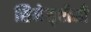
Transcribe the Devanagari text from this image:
सिनेसृष्टीशी